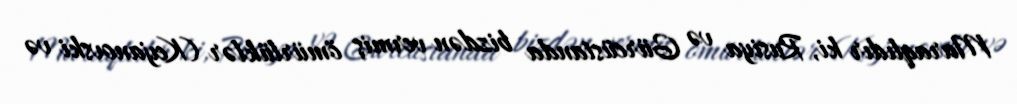
Maraqlıdır ki, Rusiya və Gürcüstanda bizdən vermiş ömürlüklər (Keıjanovski və